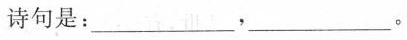
志愿的诗句是：___。___。